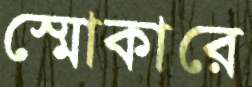
স্মোকারে